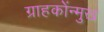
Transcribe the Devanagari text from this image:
ग्राहकोंन्‍मुख